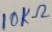
Text: 10KΩ